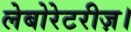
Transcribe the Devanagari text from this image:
लेबोरेटरीज़।